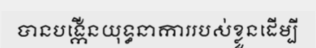
បានបង្កើនយុទ្ធនាការរបស់ខ្លួនដើម្បី